Indian journal of veterinary science and animal husbandry - Volume 10,
Year: 1940
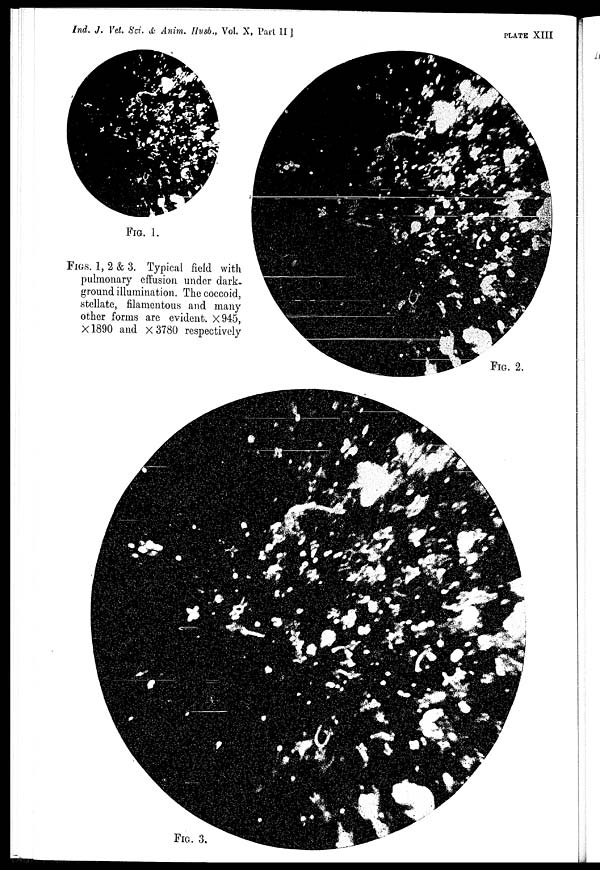
Ind. J. Vet. Sci. & Anim. Husb., Vol. X, Part II
]
PLATE
XIII
FIG. 1.
FIG. 2.
FIG. 3.
FIGS. 1, 2 & 3. Typical field with
pulmonary effusion under dark-
ground illumination. The coccoid,
stellate, filamentous and many
other forms are evident. ×945,
×1890 and × 3780 respectively